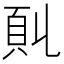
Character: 𩑍